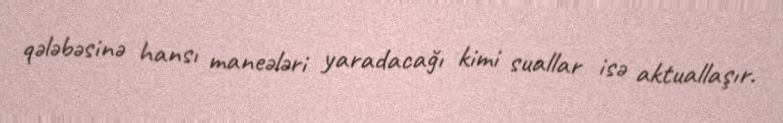
qələbəsinə hansı maneələri yaradacağı kimi suallar isə aktuallaşır.